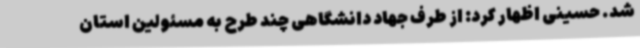
شد. حسینی اظهار کرد: از طرف جهاد دانشگاهی چند طرح به مسئولین استان